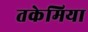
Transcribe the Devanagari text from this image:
तकेमिया